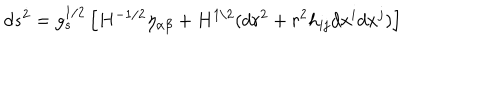
d s ^ { 2 } = g _ { s } ^ { 1 / 2 } \left[ H ^ { - 1 / 2 } \eta _ { \alpha \beta } + H ^ { 1 / 2 } ( d r ^ { 2 } + r ^ { 2 } h _ { i j } d x ^ { i } d x ^ { j } ) \right]